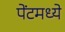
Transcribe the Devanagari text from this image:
पेंटमध्ये